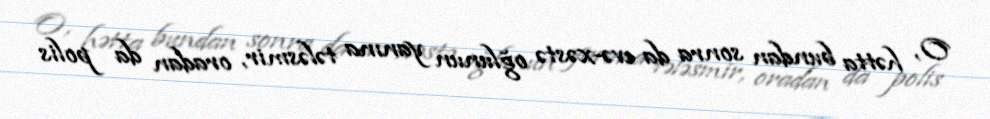
O, hətta bundan sonra da evə-xəstə oğlunun yanına tələsmir, oradan da polis